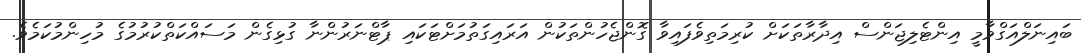
ބައިނަލްއަގްވާމީ އިންޓެލިޖަންސް އިދާރާތަކަށް ކުރިމަތިވެފައިވާ ގޮންޖެހުންތަކުން އަރައިގަތުމަށްޓަކައި ޕާޓްނަރުންނާ ގުޅިގެން މަސައްކަތްކުރުމުގެ މުހިންމުކަމެވެ.